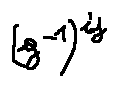
( g ^ { - 1 } ) ^ { i j }